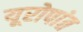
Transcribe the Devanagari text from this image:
यूरोपांत